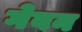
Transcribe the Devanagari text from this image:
गेबन